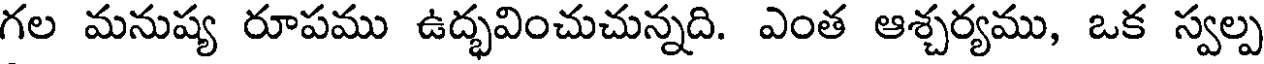
గల మనుష్య రూపము ఉద్భవించుచున్నది. ఎంత ఆశ్చర్యము, ఒక స్వల్ప